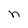
Character: n